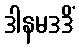
ဒါနမဒဒိံ